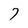
Character: 7